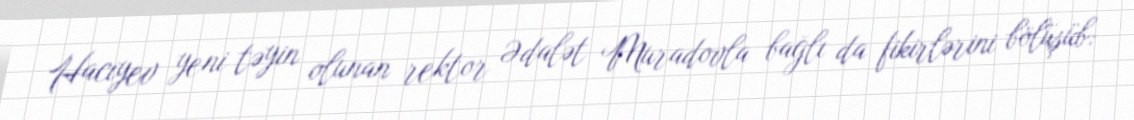
Hacıyev yeni təyin olunan rektor Ədalət Muradovla bağlı da fikirlərini bölüşüb: